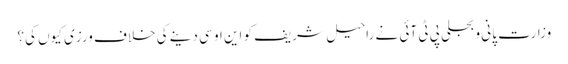
وزارت پانی و بجلی پی ٹی آئی نے راحیل شریف کو این او سی دینے کی خلاف ورزی کیوں کی؟